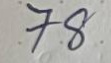
78